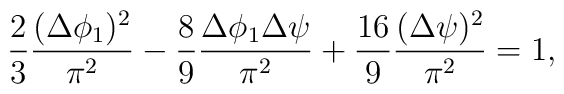
\frac {2}{3} \frac {(\Delta \phi_1)^2}{\pi^2} - \frac {8}{9} \frac {\Delta \phi_1 \Delta \psi}{\pi^2} + \frac {16}{9} \frac {(\Delta \psi)^2}{\pi^2} =1,